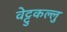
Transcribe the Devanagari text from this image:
वेट्टुकल्लु